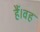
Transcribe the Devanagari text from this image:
हैं।वह